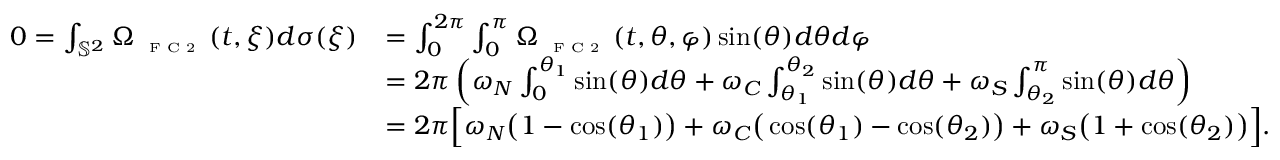
\begin{array} { r l } { 0 = \int _ { \mathbb { S } ^ { 2 } } \Omega _ { \textnormal { \tiny { F C 2 } } } ( t , \xi ) d \sigma ( \xi ) } & { = \int _ { 0 } ^ { 2 \pi } \int _ { 0 } ^ { \pi } \Omega _ { \textnormal { \tiny { F C 2 } } } ( t , \theta , \varphi ) \sin ( \theta ) d \theta d \varphi } \\ & { = 2 \pi \left( \omega _ { N } \int _ { 0 } ^ { \theta _ { 1 } } \sin ( \theta ) d \theta + \omega _ { C } \int _ { \theta _ { 1 } } ^ { \theta _ { 2 } } \sin ( \theta ) d \theta + \omega _ { S } \int _ { \theta _ { 2 } } ^ { \pi } \sin ( \theta ) d \theta \right) } \\ & { = 2 \pi \Big [ \omega _ { N } \big ( 1 - \cos ( \theta _ { 1 } ) \big ) + \omega _ { C } \big ( \cos ( \theta _ { 1 } ) - \cos ( \theta _ { 2 } ) \big ) + \omega _ { S } \big ( 1 + \cos ( \theta _ { 2 } ) \big ) \Big ] . } \end{array}